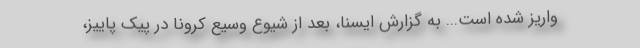
واریز شده است... به گزارش ایسنا، بعد از شیوع وسیع کرونا در پیک پاییز،